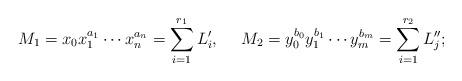
LaTeX: \begin{align*}M_1 =x_0x_1^{a_1}\cdots x_n^{a_n} = \sum_{i=1}^{r_1} L^\prime_i,\ \ \ \ M_2 = y_0^{b_0}y_1^{b_1}\cdots y_m^{b_m}=\sum_{i=1}^{r_2}L^{\prime\prime}_j; \end{align*}